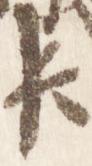
臣